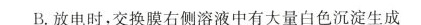
B.放电时，交换膜右侧溶液中有大量白色沉淀生成